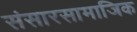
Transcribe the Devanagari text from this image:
संसारसामाजिक